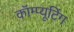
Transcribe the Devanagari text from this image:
कॉम्प्यूटिंग